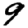
Digit: 9